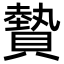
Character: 䞇